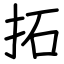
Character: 拓